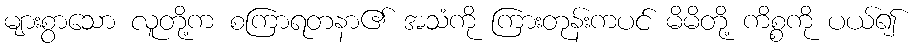
များစွာသော လူတို့က စကြာရတနာ၏ အသံကို ကြားတုန်းကပင် မိမိတို့ ကိစ္စကို ပယ်၍